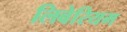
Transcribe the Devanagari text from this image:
लिबेरियम